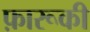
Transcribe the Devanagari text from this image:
फ़ारूकी